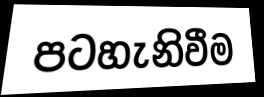
පටහැනිවීම